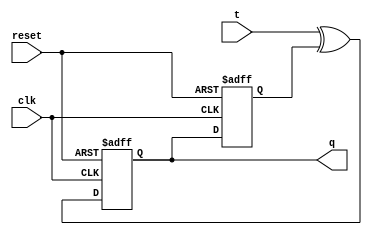
module t_ff(
    input wire clk,     // Clock input
    input wire reset,   // Reset input
    input wire t,       // T input
    output reg q        // Output
);

reg q_master, q_slave;

always @(posedge clk or posedge reset) begin
    if (reset) begin
        q_master <= 1'b0;
        q_slave <= 1'b0;
    end else begin
        q_master <= t ^ q_slave;
        q_slave <= q_master;
    end
end

assign q = q_master;

endmodule